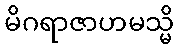
မိဂရာဇာဟမသ္မိ